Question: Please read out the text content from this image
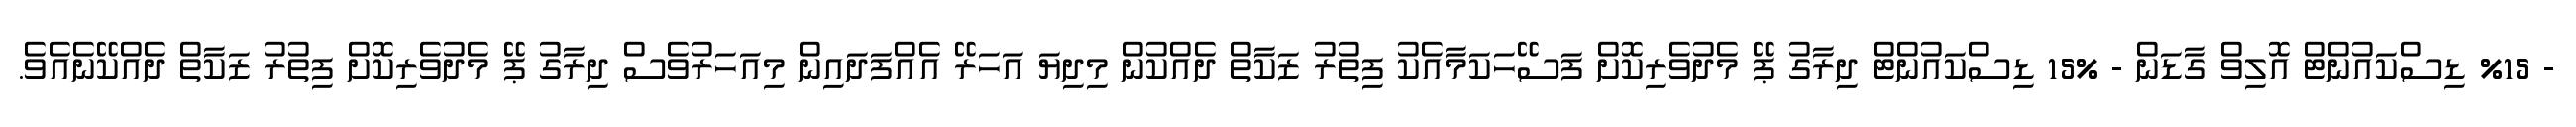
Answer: - %15 ޑިސްކައުންޓް އޮލިވް ގާޑަން - %15 ޑިސްކައުންޓް ދިރާގު ޕޭ މެދުވެރިކޮށް ފަސޭހަކަމާއެކު ފިތުރު ޒަކާތް ދެއްކުން މިދިޔަ އަހަރޭ އެއްފަދައިން މިއަހަރުވެސް ދިރާގު ޕޭ މެދުވެރިކޮށް ފިތުރު ޒަކާތް ދެއްކޭނެއެވެ.